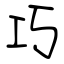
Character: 巧